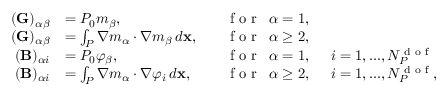
\begin{array} { r l r l } { ( \mathbf { G } ) _ { \alpha \beta } } & { = P _ { 0 } m _ { \beta } , \quad } & { \textrm { f o r } \enskip \alpha = 1 , } & { } \\ { ( \mathbf { G } ) _ { \alpha \beta } } & { = \int _ { { P } } \nabla m _ { \alpha } \cdot \nabla m _ { \beta } \, d \mathbf { x } , \quad } & { \textrm { f o r } \enskip \alpha \geq 2 , } & { } \\ { ( \mathbf { B } ) _ { \alpha i } } & { = P _ { 0 } \varphi _ { \beta } , \quad } & { \textrm { f o r } \enskip \alpha = 1 , } & { \enskip i = 1 , . . . , N _ { { P } } ^ { \textrm { d o f } } } \\ { ( \mathbf { B } ) _ { \alpha i } } & { = \int _ { { P } } \nabla m _ { \alpha } \cdot \nabla \varphi _ { i } \, d \mathbf { x } , \quad } & { \textrm { f o r } \enskip \alpha \geq 2 , } & { \enskip i = 1 , . . . , N _ { { P } } ^ { \textrm { d o f } } , } \end{array}